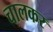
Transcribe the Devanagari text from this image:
चालकर